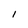
Character: l